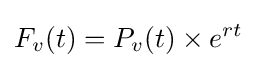
F_{v}(t)=P_{v}(t)\times e^{rt}